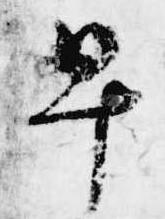
早